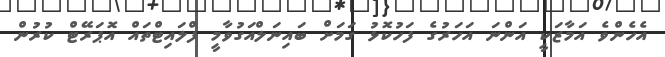
އެހެންވެ އަމާޒަކީ އަންނަ އަހަރުގެ ފަހުކޮޅު ގަމަށް ބައިނަލްއަގުވާމީ ފްލައިޓްތައް އޮޕަރޭޓް ކުރުން